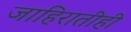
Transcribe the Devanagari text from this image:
जाहिरातीही